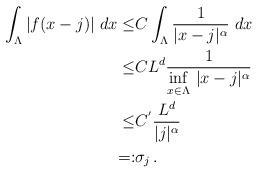
LaTeX: \begin{align*}\int_{\Lambda} |f (x - j) | ~dx \leq & C \int_{\Lambda} \frac{1}{|x - j|^{\alpha}} ~dx\\\leq & C L^d \frac{1}{\underset{x \in \Lambda}{\inf} ~ | x - j|^{\alpha}}\\ \leq & C^{'} \frac{L^{d}}{|j|^{\alpha}}\\=: & \sigma_j\,.\end{align*}